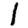
Digit: 1